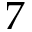
7